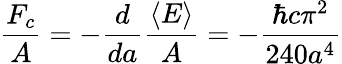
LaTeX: {\frac{F_{c}}{A}}=-{\frac{d}{da}}{\frac{\langle E\rangle}{A}}=-{\frac{\hbar c\pi^{2}}{240a^{4}}}